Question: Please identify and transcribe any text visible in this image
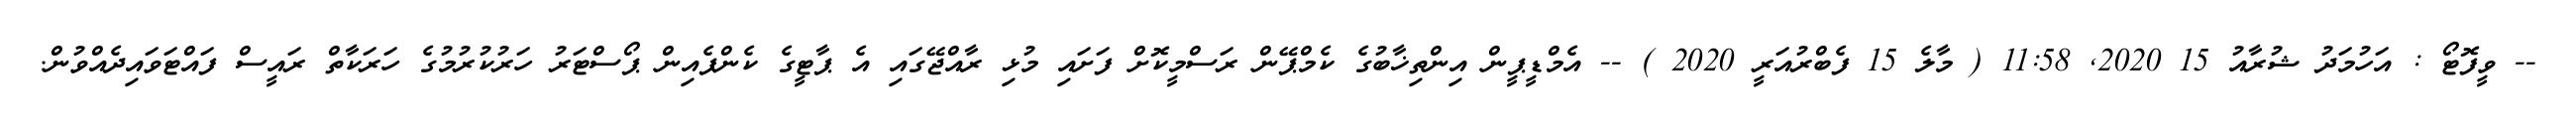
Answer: -- ވީފޮޓޯ : އަހުމަދު ޝުރާއު 15 2020, 11:58 ( މާލެ 15 ފެބްރުއަރީ 2020 ) -- އެމްޑީޕީން އިންތިޚާބުގެ ކެމްޕޭން ރަސްމީކޮށް ފަށައި މުޅި ރާއްޖޭގައި އެ ޕާޓީގެ ކެންޕެއިން ޕޯސްޓަރު ހަރުކުރުމުގެ ހަރަކާތް ރައީސް ފައްޓަވައިދެއްވުން.